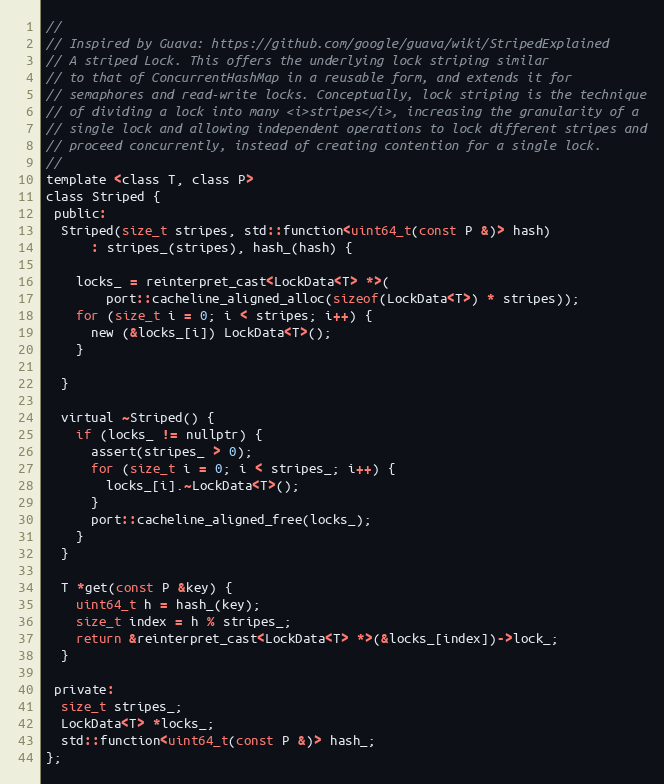
Language: C
//
// Inspired by Guava: https://github.com/google/guava/wiki/StripedExplained
// A striped Lock. This offers the underlying lock striping similar
// to that of ConcurrentHashMap in a reusable form, and extends it for
// semaphores and read-write locks. Conceptually, lock striping is the technique
// of dividing a lock into many <i>stripes</i>, increasing the granularity of a
// single lock and allowing independent operations to lock different stripes and
// proceed concurrently, instead of creating contention for a single lock.
//
template <class T, class P>
class Striped {
 public:
  Striped(size_t stripes, std::function<uint64_t(const P &)> hash)
      : stripes_(stripes), hash_(hash) {

    locks_ = reinterpret_cast<LockData<T> *>(
        port::cacheline_aligned_alloc(sizeof(LockData<T>) * stripes));
    for (size_t i = 0; i < stripes; i++) {
      new (&locks_[i]) LockData<T>();
    }

  }

  virtual ~Striped() {
    if (locks_ != nullptr) {
      assert(stripes_ > 0);
      for (size_t i = 0; i < stripes_; i++) {
        locks_[i].~LockData<T>();
      }
      port::cacheline_aligned_free(locks_);
    }
  }

  T *get(const P &key) {
    uint64_t h = hash_(key);
    size_t index = h % stripes_;
    return &reinterpret_cast<LockData<T> *>(&locks_[index])->lock_;
  }

 private:
  size_t stripes_;
  LockData<T> *locks_;
  std::function<uint64_t(const P &)> hash_;
};